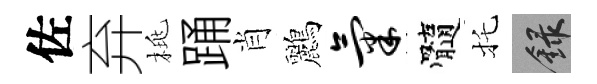
佐弃桃踊肖鸝气髓托録